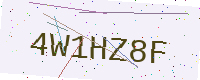
Text: 4W1HZ8F